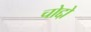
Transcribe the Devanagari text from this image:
चोद्दो